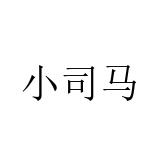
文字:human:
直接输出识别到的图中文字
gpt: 小司马